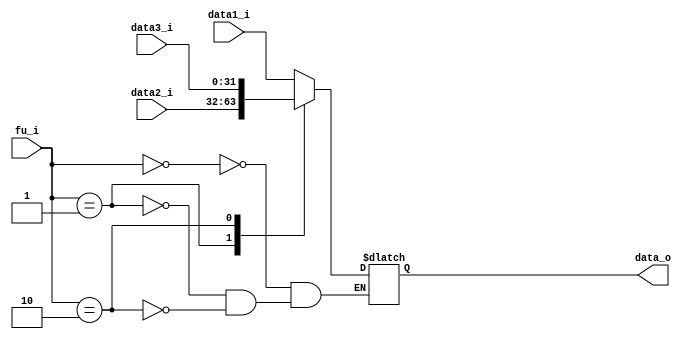
module MUX6
(
	data1_i,
	data2_i,		
	data3_i,
	fu_i,
	data_o
);

input	[31:0]	data1_i, data2_i, data3_i;
input	[1:0]	fu_i;
output	[31:0]	data_o;

reg		[31:0]	temp_data_o;
assign	data_o = temp_data_o;

always @ (*)
begin
		case(fu_i)
			2'b00:	temp_data_o = data1_i;
			2'b01:	temp_data_o = data2_i;
			2'b10:	temp_data_o = data3_i;
			default: $display("Error in MUX6");
		endcase
end

endmodule